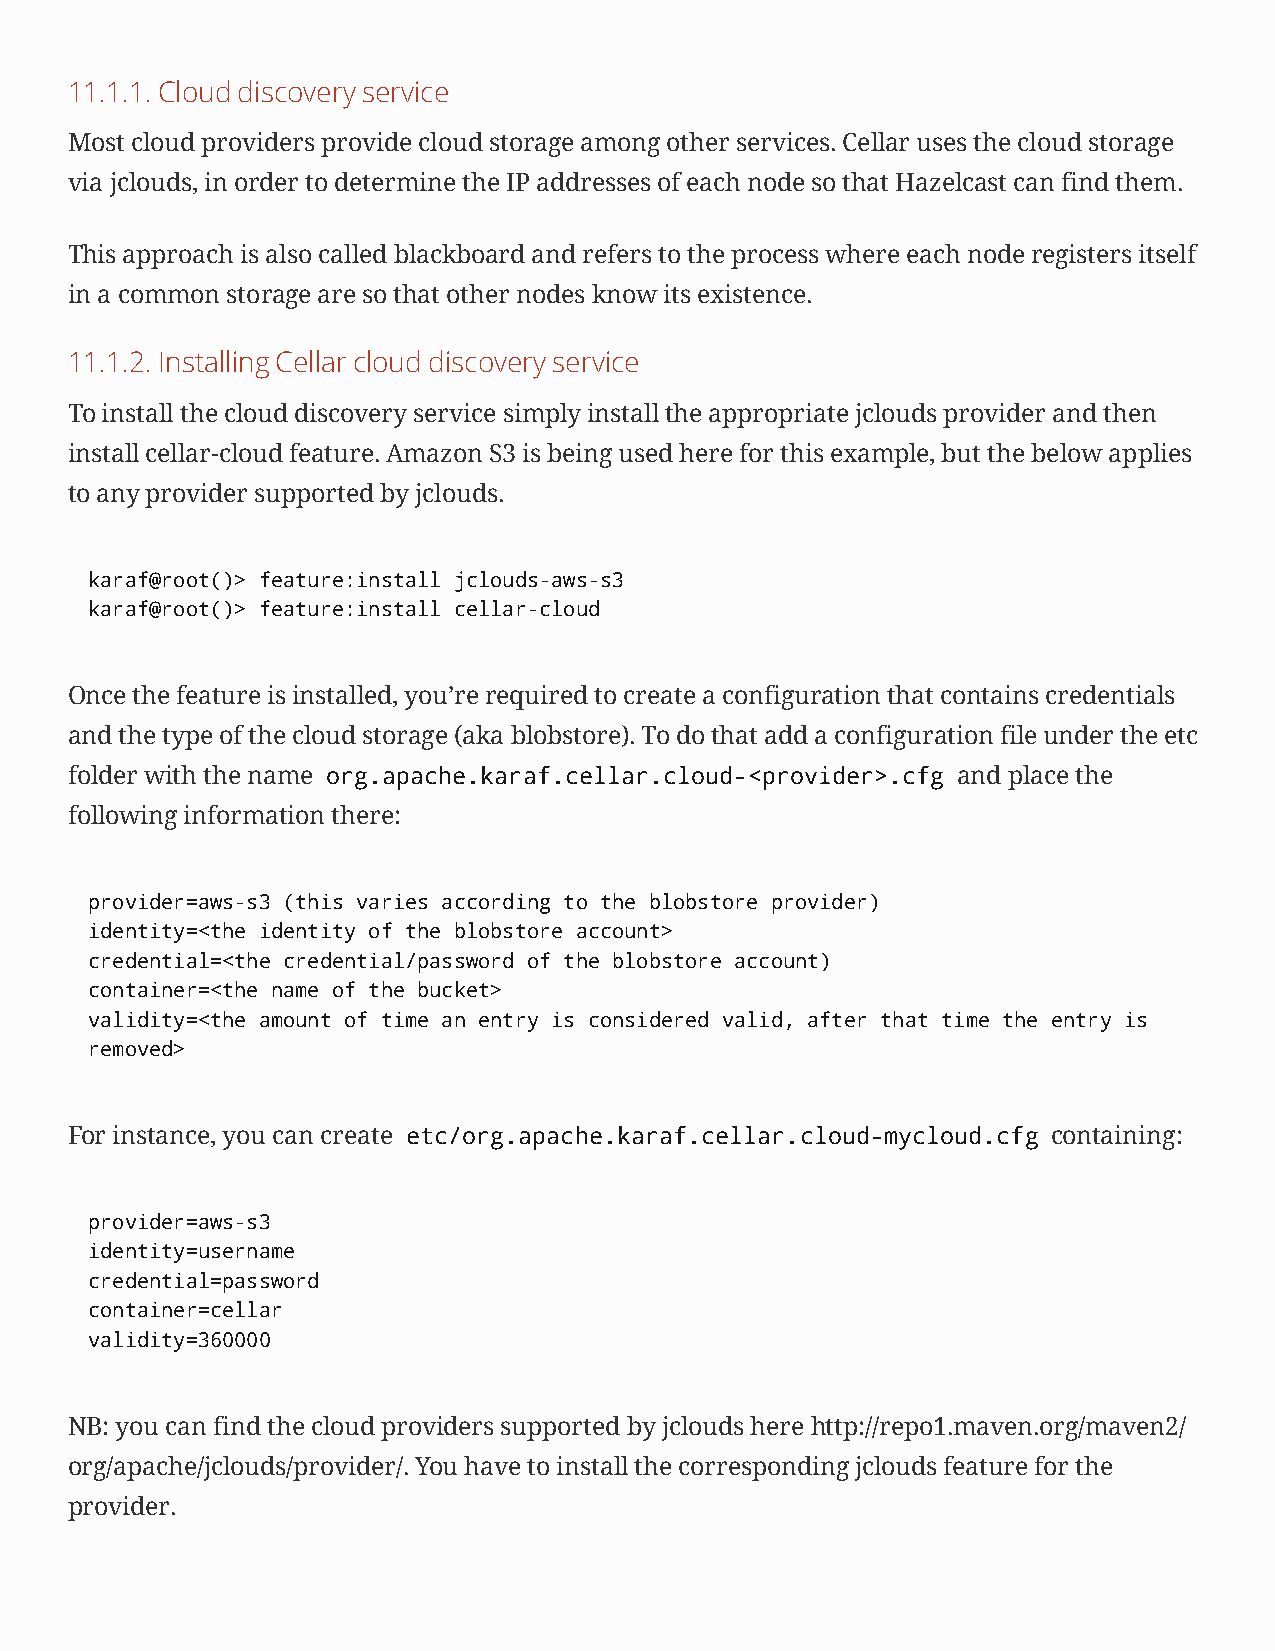
11.1.1.Clouddiscoveryservice
 Most cloud providers provide cloud storage among other services. Cellar uses the cloud storage
 via jclouds, in order to determine the IP addresses of each node so that Hazelcast can find them.
 This approach is also called blackboard and refers to the process where each node registers itself
 in a common storage are so that other nodes know its existence.
 11.1.2.InstallingCellarclouddiscoveryservice
 To install the cloud discovery service simply install the appropriate jclouds provider and then
 install cellar-cloud feature. Amazon S3 is being used here for this example, but the below applies
 to any provider supported by jclouds.
 karaf@root()> feature:install jclouds-aws-s3
 karaf@root()> feature:install cellar-cloud
 Once the feature is installed, you’re required to create a configuration that contains credentials
 and the type of the cloud storage (aka blobstore). To do that add a configuration file under the etc
 folder with the name org.apache.karaf.cellar.cloud-<provider>.cfg and place the
 following information there:
 provider=aws-s3 (this varies according to the blobstore provider)
 identity=<the identity of the blobstore account>
 credential=<the credential/password of the blobstore account)
 container=<the name of the bucket>
 validity=<the amount of time an entry is considered valid, after that time the entry is
 removed>
 For instance, you can create etc/org.apache.karaf.cellar.cloud-mycloud.cfg containing:
 provider=aws-s3
 identity=username
 credential=password
 container=cellar
 validity=360000
 NB: you can find the cloud providers supported by jclouds herehttp://repo1.maven.org/maven2/
 org/apache/jclouds/provider/. You have to install the corresponding jclouds feature for the
 provider.